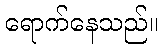
ရောက်နေသည်။